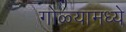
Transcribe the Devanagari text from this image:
गोळ्यामध्ये